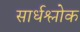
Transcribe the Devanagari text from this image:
सार्धश्लोक